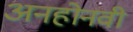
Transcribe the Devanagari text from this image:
अनहोनवी